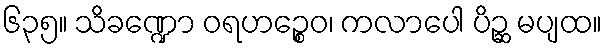
၆၃၅။ သိခဏ္ဍော ဝရဟဉ္စေဝ၊ ကလာပေါ ပိဉ္ဆ မပျထ။